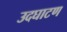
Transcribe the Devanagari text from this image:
उदघाटण